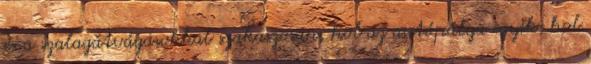
és a szalagátvágásokkal szakaszosan, hol az autópálya egyik, hol